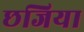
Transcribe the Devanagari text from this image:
छजिया